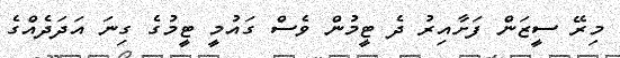
މިރޭ ސީޒަން ފަށާއިރު ދެ ޓީމުން ވެސް ގައުމީ ޓީމުގެ ގިނަ އަދަދެއްގެ